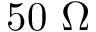
5 0 ~ \Omega